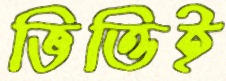
ভিত্তিই